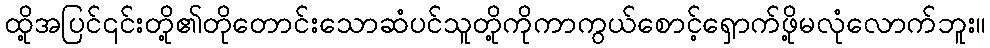
ထို့အပြင်၎င်းတို့၏တိုတောင်းသောဆံပင်သူတို့ကိုကာကွယ်စောင့်ရှောက်ဖို့မလုံလောက်ဘူး။